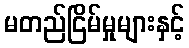
မတည်ငြိမ်မှုများနှင့်